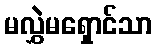
မလွှဲမရှောင်သာ